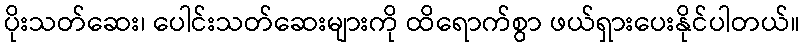
ပိုးသတ်ဆေး၊ ပေါင်းသတ်ဆေးများကို ထိရောက်စွာ ဖယ်ရှားပေးနိုင်ပါတယ်။